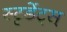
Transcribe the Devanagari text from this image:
स्टृडेंट्स्